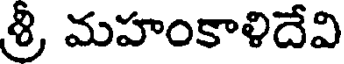
శ్రీ, మహంకాళిదేవి